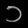
Digit: ၁